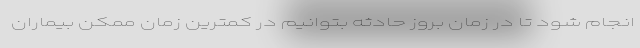
انجام شود تا در زمان بروز حادثه بتوانیم در کمترین زمان ممکن بیماران